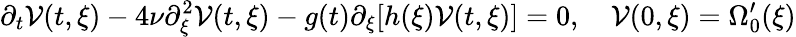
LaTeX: \partial_{t}\mathcal{V}(t,\xi)-4\nu\partial_{\xi}^{2}\mathcal{V}(t,\xi)-g(t)\partial_{\xi}[h(\xi)\mathcal{V}(t,\xi)]=0,\quad\mathcal{V}(0,\xi)=\Omega_{0}^{\prime}(\xi)